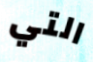
التي